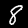
Label: 8